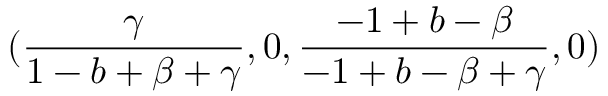
( \frac { \gamma } { 1 - b + \beta + \gamma } , 0 , \frac { - 1 + b - \beta } { - 1 + b - \beta + \gamma } , 0 )